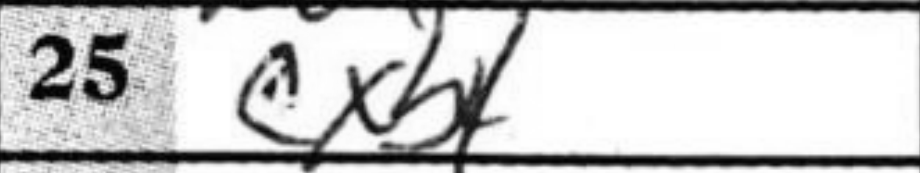
Transcription: cxb4